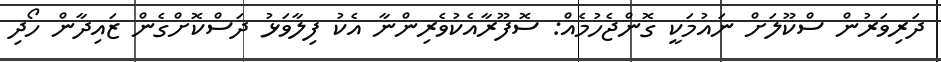
ދަރިވަރުން ސްކޫލަށް ނައުމަކީ ގޮންޖެހުމެއް: ސޮފޫރާއެކުވެރިންނާ އެކު ފިލާވަޅު ދަސްކޮށްގެން ޒައިދާން ހޯދި